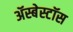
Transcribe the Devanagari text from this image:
ॲस्बेस्टॉस